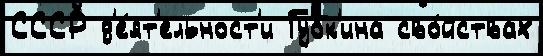
СССР д'е́ят'ельност'и Губк'ина сво́йствах